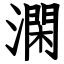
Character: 澖